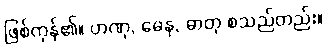
ဖြစ်ကုန်၏။ ဟဏု, ဓေနု, ဓာတု စသည်တည်း။